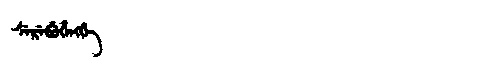
Manchu: ᠰᡝᡵᡝᠪᡠᡥᡝᠩᡤᡝ
Romanization: SEREBUHENGGE